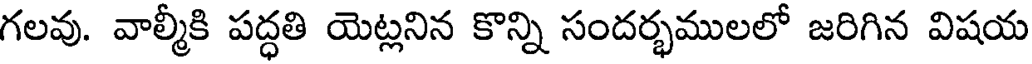
గలవు. వాల్మీకి పద్ధతి యెట్లనిన కొన్ని సందర్భములలో జరిగిన విషయ